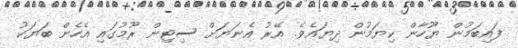
ފައިބަމުން ޔޫހާން ކިޔަމުން ދިޔައެވެ. އޭރު އެނަޔަށް ސިޓިން ރޫމުގައި އެހެން ބަޔަކު